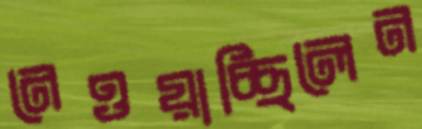
নেওয়াচ্ছিলেন